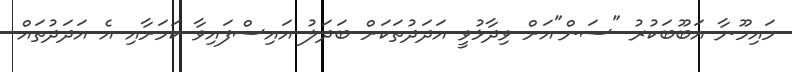
މައިމޫނާ އަބޫބަކުރު "ސަން"އަށް ވިދާޅުވީ އަދަދުތަކަށް ބަދަލު އައިސްފައިވާ ކަމަށާއި އެ އަދަދުތައް